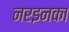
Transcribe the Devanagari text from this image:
नरइनका